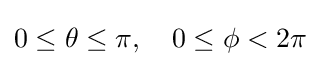
0\leq \theta \leq \pi ,\quad 0\leq \phi <2\pi